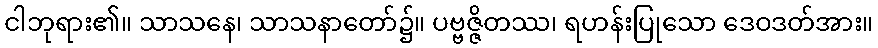
ငါဘုရား၏။ သာသနေ၊ သာသနာတော်၌။ ပဗ္ဗဇ္ဇိတဿ၊ ရဟန်းပြုသော ဒေဝဒတ်အား။